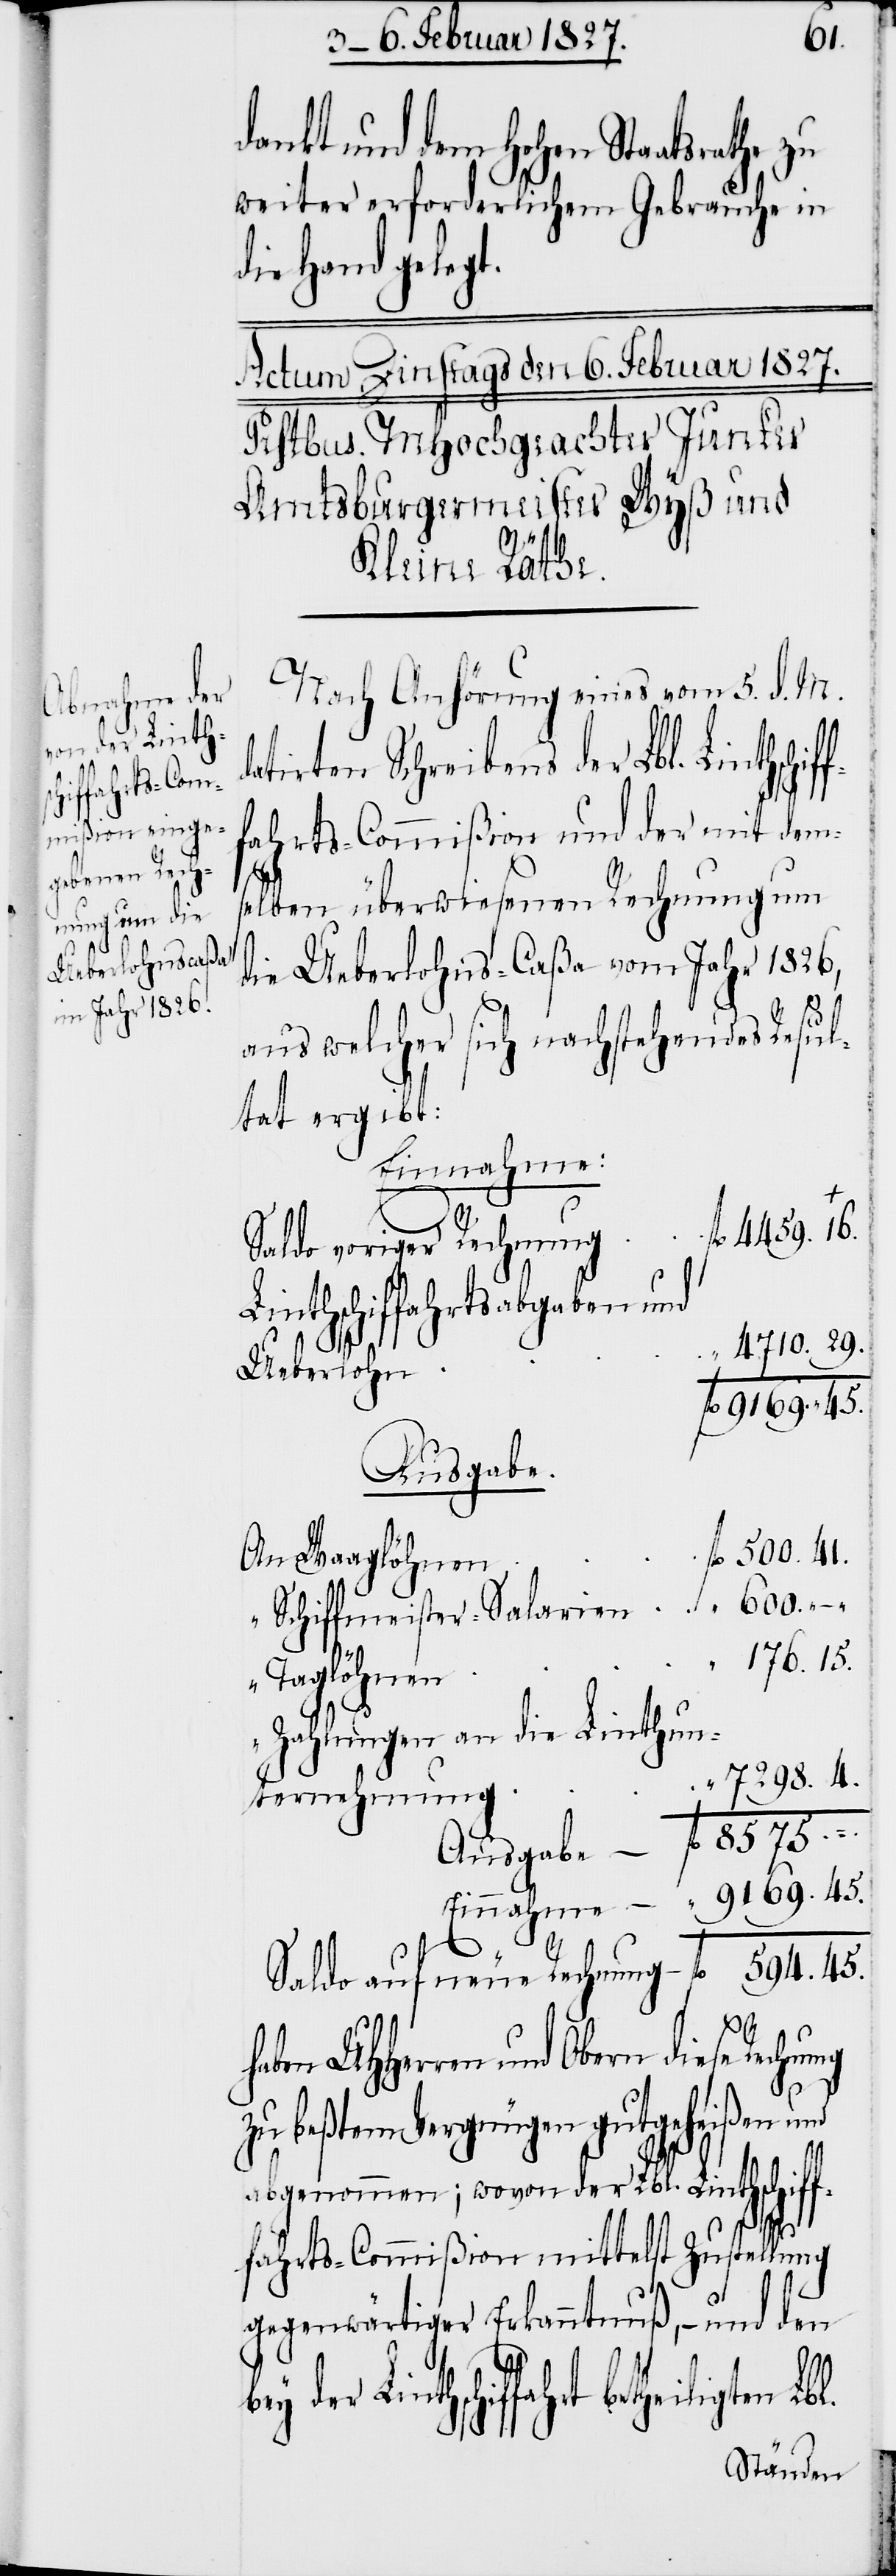
igten Lbl.

600.
dankt und dem Hohen Staatsrathe zu
weiter erforderlichem Gebrauche in
die Hand gelegt.
Nach Anhörung eines vom 5. d. M.
datirten Schreibens der Lbl. Linthsch¬
fahrts-Commißion und der mit dem¬
selben überwiesenen Rechnung um
die Ueberlohns-Caßa vom Jahr 1826,
aus welcher sich nachstehendes Resul¬
tat ergibt:
Einnahme:
Obern diese Rechnung
Linthschiffahrtsabgaben und
fl.	9169. 45.
Ausgabe
500. 41.
176. 15.
29.
Einnahme	“	9169. 45.
b¬
Saldo auf neue Rechnung	fl. 	 594. 45.
zu beßtem Vergnügen gutgeheißen
abgenommen; wovon der Lbl. Linthschif¬
fahrts-Commißion mittelst Zustellung
gegenwärtiger Erkanntnuß, – und den
ey der Linthschiffahrt betheil¬